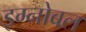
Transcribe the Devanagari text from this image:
इग्नोबल